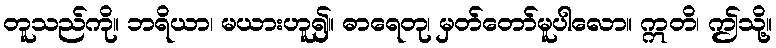
တူသည်ကို။ ဘရိယာ၊ မယားဟူ၍။ ဓာရေတု၊ မှတ်တော်မူပါလော။ ဣတိ၊ ဤသို့။